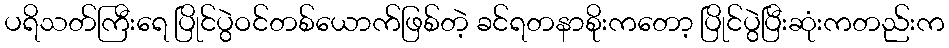
ပရိသတ်ကြီးရေ ပြိုင်ပွဲဝင်တစ်ယောက်ဖြစ်တဲ့ ခင်ရတနာစိုးကတော့ ပြိုင်ပွဲပြီးဆုံးကတည်းက